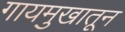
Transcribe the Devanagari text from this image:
गायमुखातून